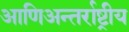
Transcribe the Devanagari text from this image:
आणिअन्तर्राष्ट्रीय